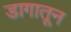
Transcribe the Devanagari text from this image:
डागातून